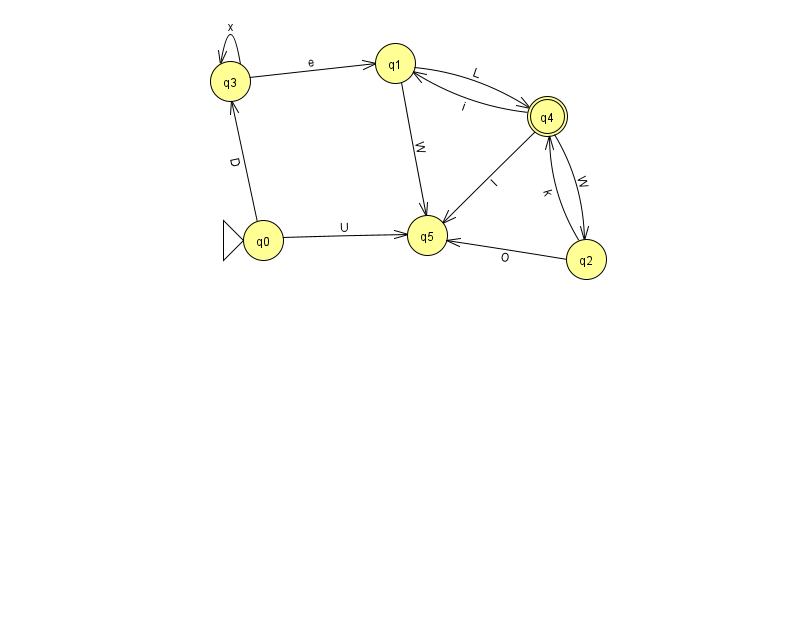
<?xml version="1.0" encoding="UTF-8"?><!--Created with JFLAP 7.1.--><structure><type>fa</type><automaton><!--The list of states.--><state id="0" name="q0"><x>263.0</x><y>227.0</y><initial/></state><state id="1" name="q1"><x>395.0</x><y>50.0</y></state><state id="2" name="q2"><x>586.0</x><y>246.0</y></state><state id="3" name="q3"><x>230.0</x><y>68.0</y></state><state id="4" name="q4"><x>547.0</x><y>103.0</y><final/></state><state id="5" name="q5"><x>427.0</x><y>222.0</y></state><!--The list of transitions.--><transition><from>4</from><to>5</to><read>l</read></transition><transition><from>3</from><to>1</to><read>e</read></transition><transition><from>2</from><to>4</to><read>k</read></transition><transition><from>0</from><to>3</to><read>D</read></transition><transition><from>3</from><to>3</to><read>x</read></transition><transition><from>4</from><to>1</to><read>i</read></transition><transition><from>1</from><to>5</to><read>W</read></transition><transition><from>4</from><to>2</to><read>W</read></transition><transition><from>1</from><to>4</to><read>L</read></transition><transition><from>0</from><to>5</to><read>U</read></transition><transition><from>2</from><to>5</to><read>O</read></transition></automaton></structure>